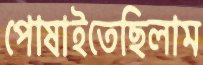
পোষাইতেছিলাম